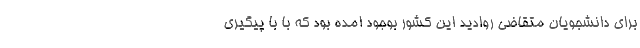
برای دانشجویان متقاضی روادید این کشور بوجود امده بود که با با پیگیری